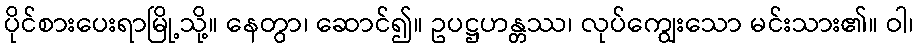
ပိုင်စားပေးရာမြို့သို့။ နေတွာ၊ ဆောင်၍။ ဥပဋ္ဌဟန္တဿ၊ လုပ်ကျွေးသော မင်းသား၏။ ဝါ၊